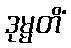
ဒုမ္မတိံ